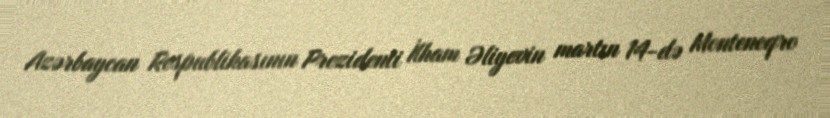
Azərbaycan Respublikasının Prezidenti İlham Əliyevin martın 14-də Monteneqro